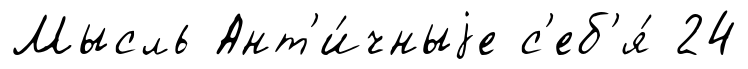
Мысль Ант'и́чныjе с'еб'я́ 24